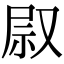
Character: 叞